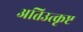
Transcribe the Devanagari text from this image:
अतिउत्कृष्ट